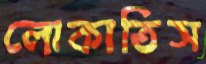
লোকাতিস